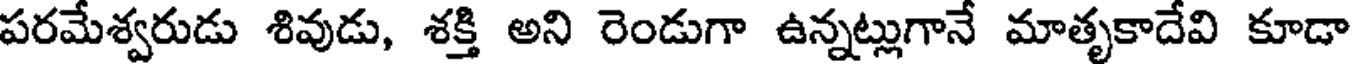
పరమేశ్వరుడు శివుడు, శక్తి అని రెండుగా ఉన్నట్లుగానే మాతృకాదేవి కూడా